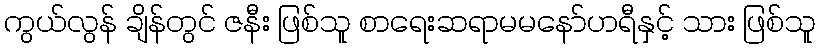
ကွယ်လွန် ချိန်တွင် ဇနီး ဖြစ်သူ စာရေးဆရာမမနော်ဟရီနှင့် သား ဖြစ်သူ